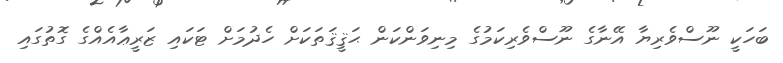
ބަހަކީ ނޫސްވެރިޔާ އޭނާގެ ނޫސްވެރިކަމުގެ މިނިވަންކަން ޙަޤީޤަތަކަށް ހެދުމަށް ޓަކައި ޒަރީޢާއެއްގެ ގޮތުގައި